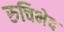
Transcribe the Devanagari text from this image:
रुचिभेद